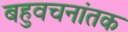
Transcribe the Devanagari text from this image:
बहुवचनांतक